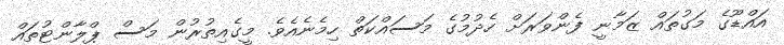
އައްޑޫގެ މަގުތައް ޒަމާނީ ފެންވަރަށް ހެދުމުގެ މަސައްކަތް ހިމެނެއެވެ. މީގެއިތުރުން މަސް ޕްލާންޓުތައް